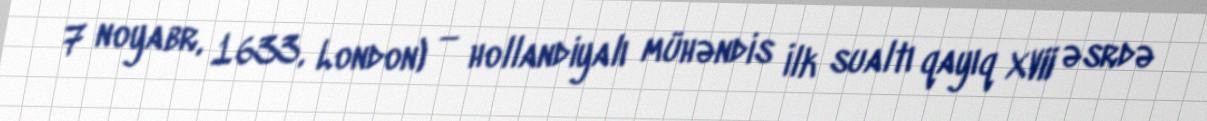
7 noyabr, 1633, London) — hollandiyalı mühəndis İlk sualtı qayıq XVII əsrdə